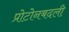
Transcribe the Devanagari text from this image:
प्रोटोनबदली